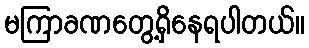
မကြာခဏတွေ့ရှိနေရပါတယ်။